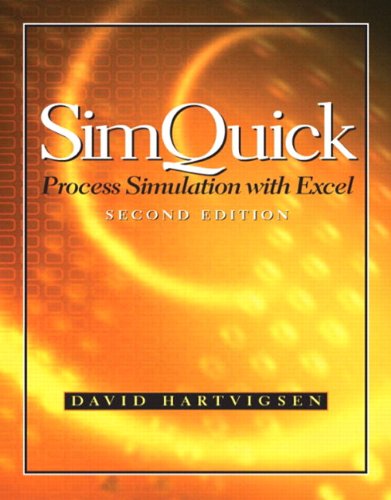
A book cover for SimQuick with Excel and Software CD Package (2nd Edition); David Hartvigsen; Computers & Technology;